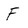
Character: F